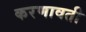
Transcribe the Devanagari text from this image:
करणावती